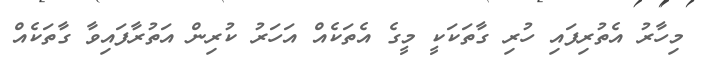
މިހާރު އެތުރިފައި ހުރި ގާތަކަކީ މީގެ އެތަކެއް އަހަރު ކުރިން އަތުރާފައިވާ ގާތަކެއް